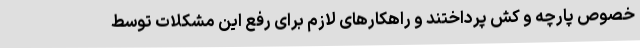
خصوص پارچه و کش پرداختند و راهکارهای لازم برای رفع این مشکلات توسط